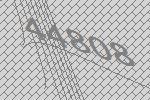
44808